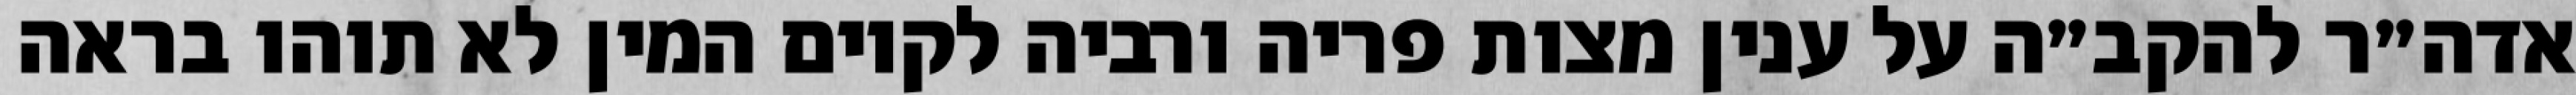
אדה״ר להקב״ה על ענין מצות פריה ורביה לקיום המין לא תוהו בראה